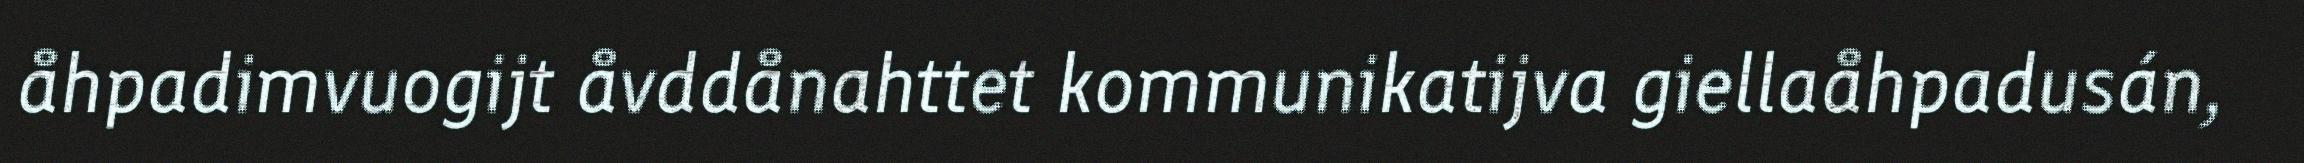
åhpadimvuogijt åvddånahttet kommunikatijva giellaåhpadusán,